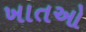
ખાતઓ